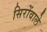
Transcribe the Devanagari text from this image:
सिरोंवाले